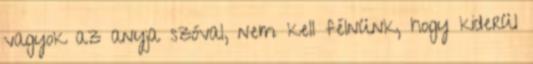
vagyok az anyja szóval, nem kell félnünk, hogy kiderül